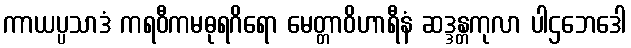
ကာယပ္ပသာဒံ ကရဝီကမဓုရဂိရော မေတ္တာဝိဟာရီနံ ဆဒ္ဒန္တကုလာ ပါဌဘေဒေါ